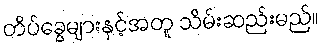
တိပ်ခွေများနှင့်အတူ သိမ်းဆည်းမည်။